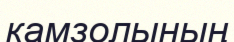
камзолының